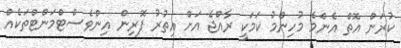
ކުރަން އޮތް އެންމެ މުހިންމު ކަމަކީ ރާއްޖެ އަށް އިތުރު ފޮރިން އިންވެސްޓްމަންޓްތަކެއް